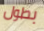
بطول